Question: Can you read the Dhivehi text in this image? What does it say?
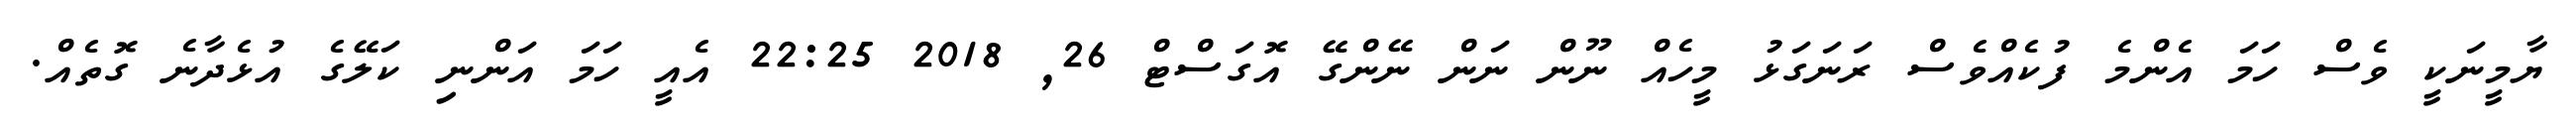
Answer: ޔާމީނަކީ ވެސް ހަމަ އެންމެ ފުކެއްވެސް ރަނަގަޅު މީހެއް ނޫން ނަން ނޭންގޭ އޮގަސްޓް 26, 2018 22:25 އެއީ ހަމަ އަންނި ކަލޭގެ އުޅެދާނެ ގޮތެއް.